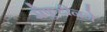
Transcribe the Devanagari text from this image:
सैफुद्दीनने